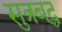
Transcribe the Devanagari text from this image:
सुत्रबद्ध